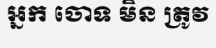
អ្នក ចោទ មិន ត្រូវ